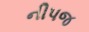
નીપજ